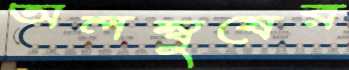
অলম্বুষের